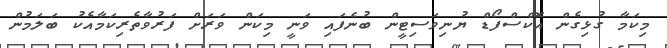
މިކަމާ ގުޅިގެން އޮކްސްފޯޑް ޔުނިވަސިޓީން ބުނެފައި ވަނީ މިކަން ވަރަށް ފަރުވާތެރިކަމާއެކު ބަލަމުން